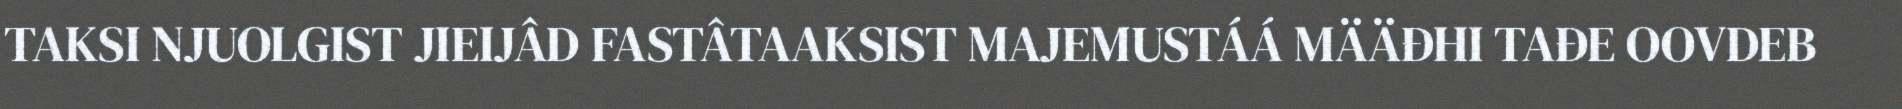
TAKSI NJUOLGIST JIEIJÂD FASTÂTAAKSIST MAJEMUSTÁÁ MÄÄĐHI TAĐE OOVDEB